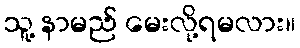
သူ့ နာမည် မေးလို့ရမလား။